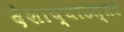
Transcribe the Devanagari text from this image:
देशाच्याउत्तर